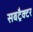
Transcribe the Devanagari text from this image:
सबट्रैक्टर